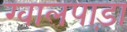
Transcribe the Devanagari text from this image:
ग्वालपाड़ा